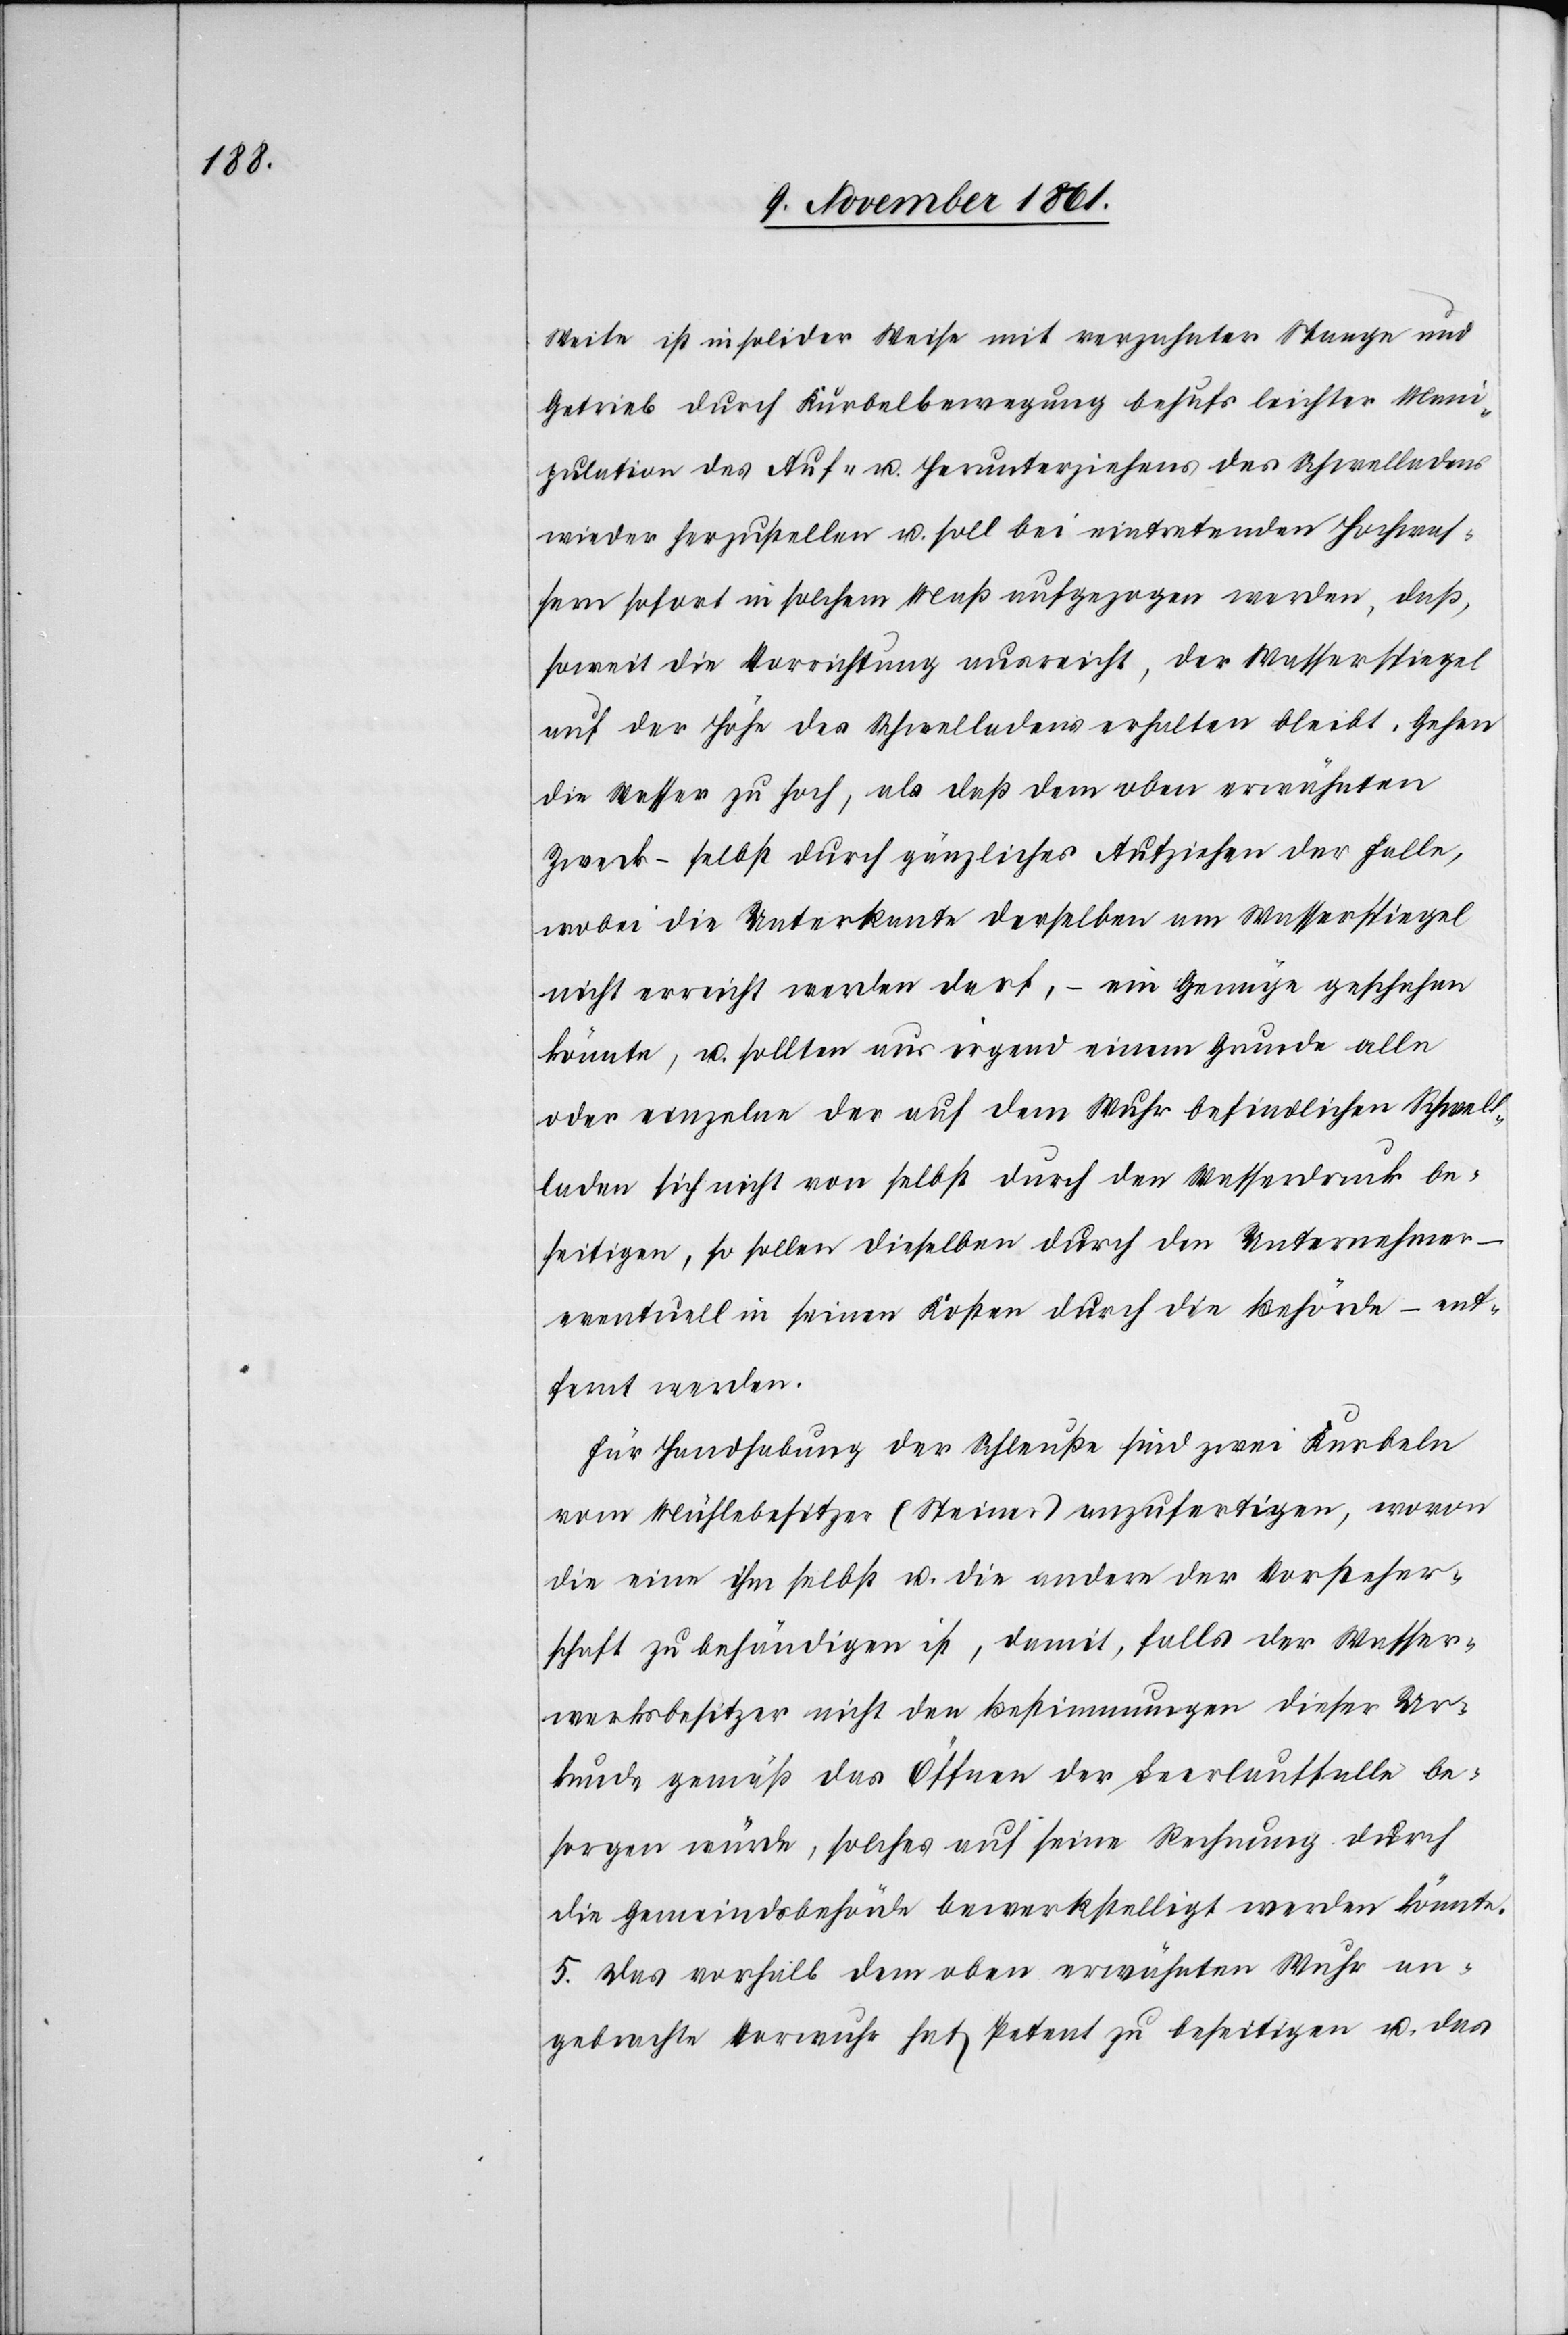
Weite ist in solider Weise mit verzahnter Stange und
Getrieb durch Kurbelbewegung behufs leichter Mani¬
pulation des Auf- u. Herunterziehens des Schwelladens
wieder herzustellen u. soll bei eintretenden Hochwas¬
sern sofort in solchem Maß aufgezogen werden, daß,
soweit die Vorrichtung ausreicht, der Wasserspiegel
auf der Höhe des Schwelladens erhalten bleibt. Gehen
die Wasser zu hoch, als daß dem oben erwähnten
Zweck – selbst durch gänzliches Aufziehen der Falle,
wobei die Unterkante derselben am Wasserspiegel
nicht erreicht werden darf, – ein Genüge geschehen
könnte, u. sollten aus irgend einem Grunde alle
oder einzelne der auf dem Wuhr befindlichen Schwell¬
laden sich nicht von selbst durch den Wasserdruck be¬
seitigen, so sollen dieselben durch den Unternehmer –
eventuell in seinen Kosten durch die Behörde – ent¬
fernt werden.
Für Handhabung der Schleuße sind zwei Kurbeln
vom Mühlebesitzer (Steiner) anzufertigen, wovon
die eine ihm selbst u. die andere der Vorsteher¬
schaft zu behändigen ist, damit, falls der Wasser¬
werksbesitzer nicht den Bestimmungen dieser Ur¬
kunde gemäß das Öffnen der Leerlaufstelle be¬
sorgen würde, solches auf seine Rechnung durch
die Gemeindsbehörde bewerkstelligt werden könnte.
5. Das vorhalb dem eben erwähnten Wuhr an¬
gebrachte Vorwuhr hat Petent zu beseitigen u. das